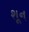
શૂન